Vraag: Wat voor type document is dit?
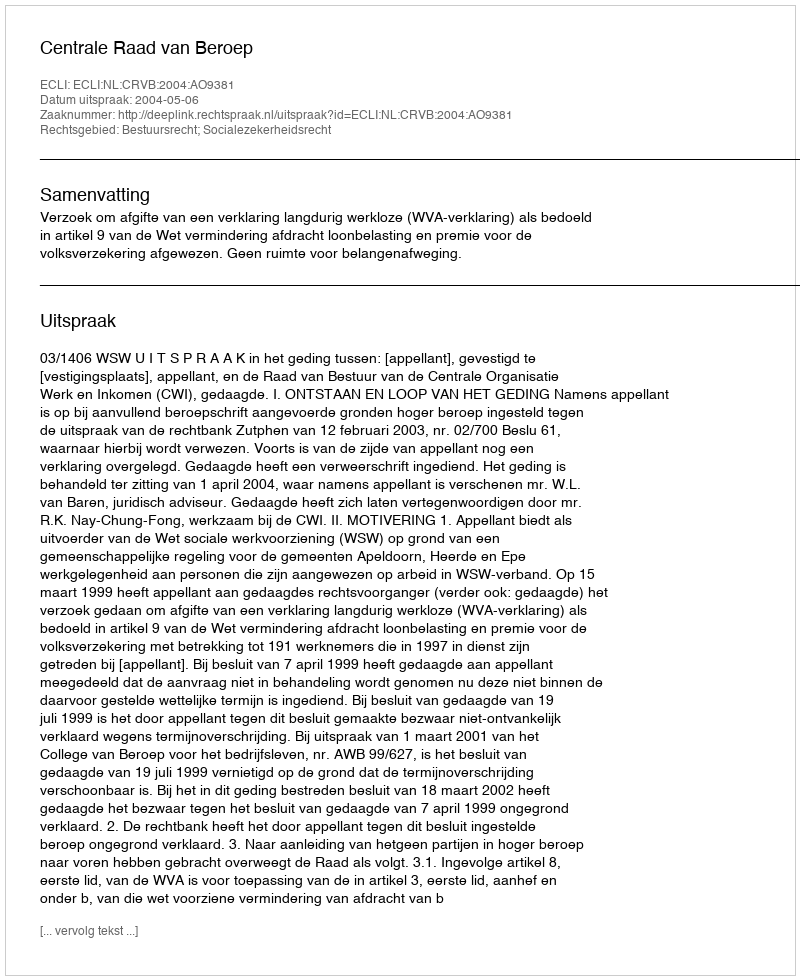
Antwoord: Uitspraak